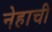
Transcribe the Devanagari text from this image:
नेहाची